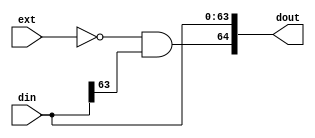
`timescale 1ns / 1ps
//////////////////////////////////////////////////////////////////////////////////
// Company: 
// Engineer: 
// 
// Design Name: 
// Module Name:    comp_sign_extend 
// Project Name: 
// Target Devices: 
// Tool versions: 
// Description: 
//
// Dependencies: 
//
// Revision: 
// Revision 0.01 - File Created
// Additional Comments: 
//
//////////////////////////////////////////////////////////////////////////////////
module comp_sign_extend(
    input [63:0] din,
    input ext,
    output [64:0] dout
    );
	 
	 assign dout[64:0] = {~ext & din[63], din[63:0]};

endmodule